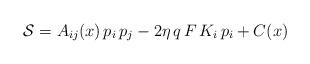
LaTeX: \begin{align*}{\cal S}=A_{ij}(x)\,p_i\,p_j-2\eta\,q\,F\,K_i\,p_i+C(x)\end{align*}